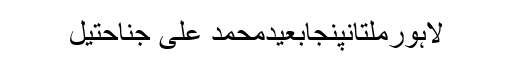
لاہورملتانپنجابعیدمحمد علی جناحتیل